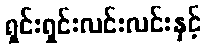
ရှင်းရှင်းလင်းလင်းနှင့်